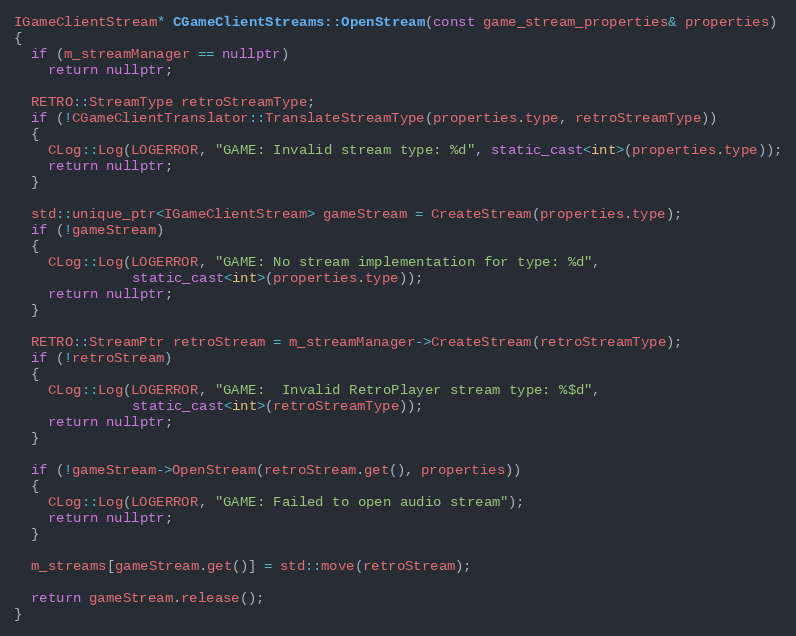
Language: C++
IGameClientStream* CGameClientStreams::OpenStream(const game_stream_properties& properties)
{
  if (m_streamManager == nullptr)
    return nullptr;

  RETRO::StreamType retroStreamType;
  if (!CGameClientTranslator::TranslateStreamType(properties.type, retroStreamType))
  {
    CLog::Log(LOGERROR, "GAME: Invalid stream type: %d", static_cast<int>(properties.type));
    return nullptr;
  }

  std::unique_ptr<IGameClientStream> gameStream = CreateStream(properties.type);
  if (!gameStream)
  {
    CLog::Log(LOGERROR, "GAME: No stream implementation for type: %d",
              static_cast<int>(properties.type));
    return nullptr;
  }

  RETRO::StreamPtr retroStream = m_streamManager->CreateStream(retroStreamType);
  if (!retroStream)
  {
    CLog::Log(LOGERROR, "GAME:  Invalid RetroPlayer stream type: %$d",
              static_cast<int>(retroStreamType));
    return nullptr;
  }

  if (!gameStream->OpenStream(retroStream.get(), properties))
  {
    CLog::Log(LOGERROR, "GAME: Failed to open audio stream");
    return nullptr;
  }

  m_streams[gameStream.get()] = std::move(retroStream);

  return gameStream.release();
}